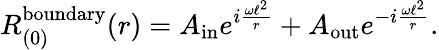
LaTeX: R_{(0)}^{\mathrm{boundary}}(r)=A_{\mathrm{in}}e^{i\frac{\omega\ell^{2}}{r}}+A_{\mathrm{out}}e^{-i\frac{\omega\ell^{2}}{r}}.